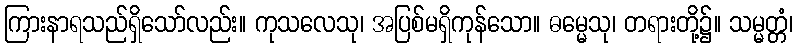
ကြားနာရသည်ရှိသော်လည်း။ ကုသလေသု၊ အပြစ်မရှိကုန်သော။ ဓမ္မေသု၊ တရားတို့၌။ သမ္မတ္တံ၊